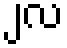
၂လ